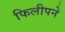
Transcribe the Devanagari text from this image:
फिलीपने